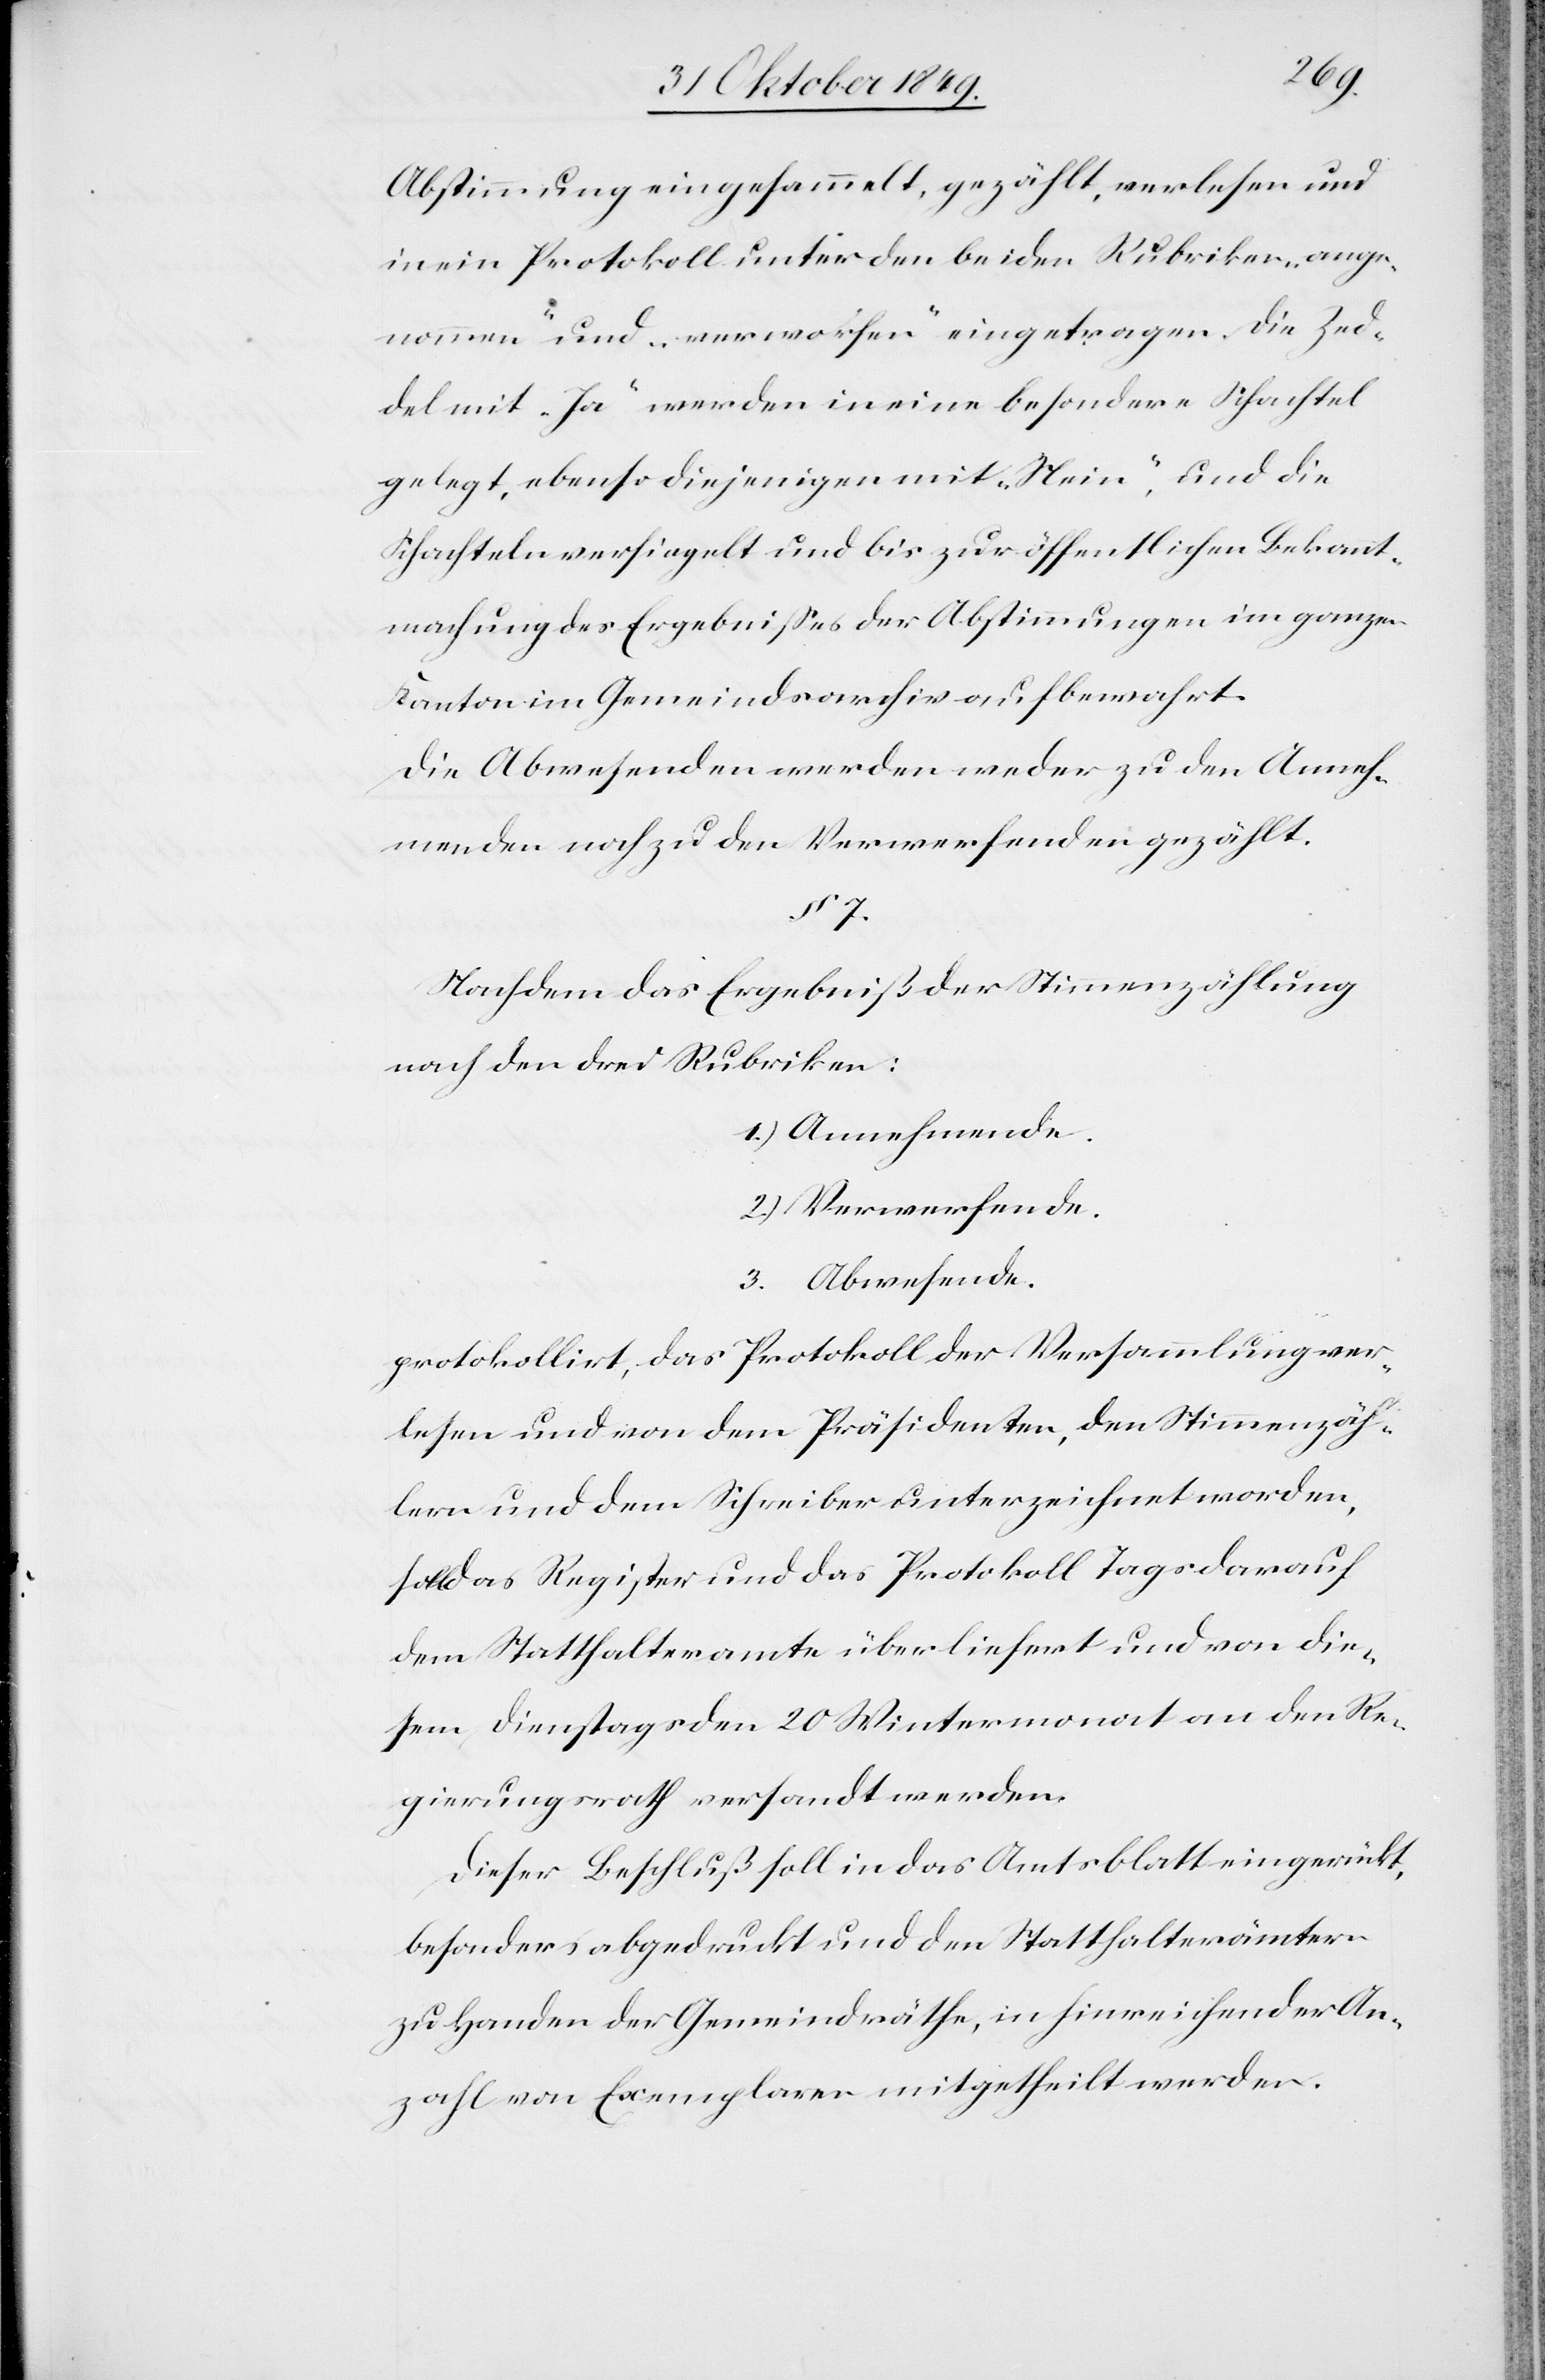
Abstimmung eingesammelt, gezählt, verlesen und
in ein Protokoll unter den beiden Rubriken, „ange¬
nommen“ und „verworfen“ eingetragen. Die Zed¬
del mit „Ja“ werden in eine besondere Schachtel
gelegt, ebenso diejenigen mit „Nein“, und die
Schachteln versiegelt und bis zur öffentlichen Bekannt¬
machung des Ergebnißes der Abstimmungen im ganzen
Kanton im Gemeindsarchiv aufbewahrt.
Die Abwesenden werden weder zu den Anneh¬
menden noch zu Verwerfenden gezählt.
§ 7.
Nachdem das Ergebniß der Stimmzählung
nach den drei Rubriken:
1.) Annehmende.
2.) Verwerfende.
3. Abwesende.
protokollirt, das Protokoll der Versammlung ver¬
lesen und von dem Präsidenten, den Stimmzäh¬
lern und dem Schreiber unterzeichnet worden,
soll das Register und das Protokoll Tags darauf
den Statthalteramte überliefert und von die¬
sem Dienstags den 20 Wintermonat an den Re¬
gierungsrath versandt werden.
Dieser Beschluß soll in das Amtsblatt eingerückt,
besonders abgedruckt und den Statthalterämter
zu Handen der Gemeindräthe, in hinreichender An¬
zahl von Exemplaren mitgetheilt werden.